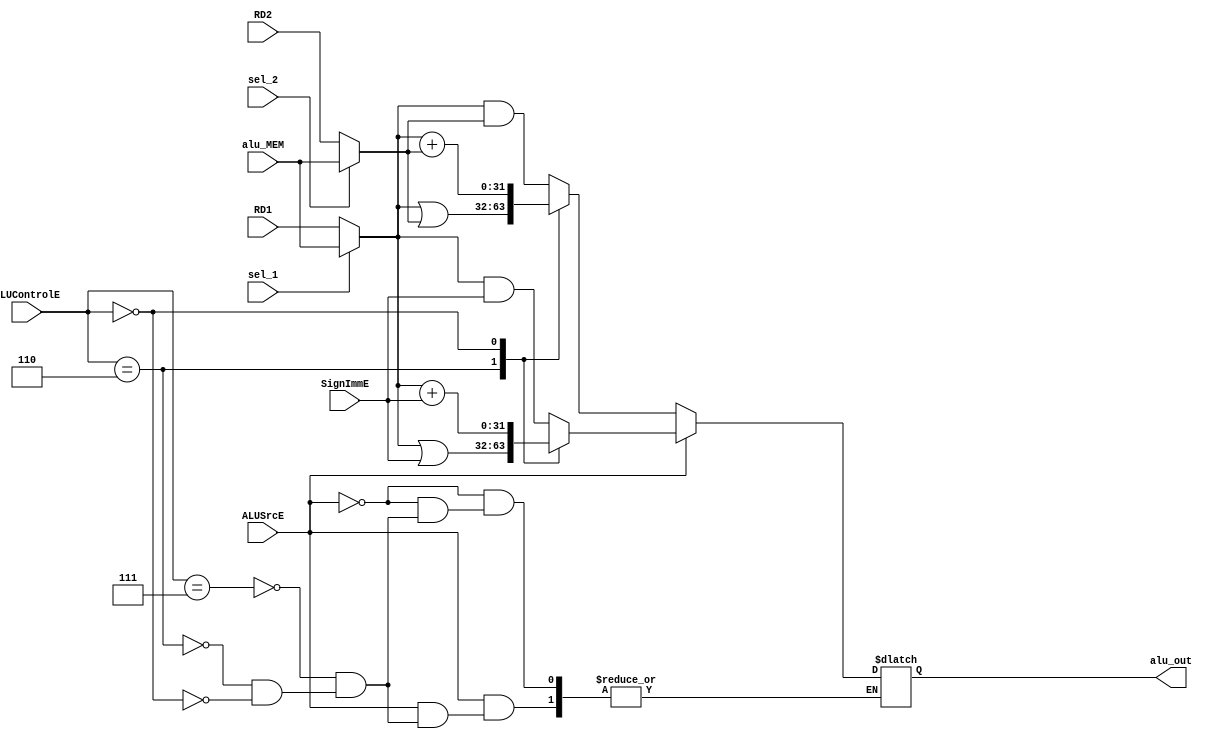
`timescale 1ns / 1ps

module alu(
	input wire [2:0]ALUControlE,
	input wire [0:0]ALUSrcE, sel_1, sel_2,
	input wire [11:0]SignImmE,
	input wire [31:0]RD1, RD2, alu_MEM,
	
	output reg [31:0]alu_out
    );
	
	reg [31:0]R1, R2;
	
	always @(*)begin
		if(sel_1)
			R1=alu_MEM;
		else
			R1=RD1;
		
		if(sel_2)
			R2=alu_MEM;
		else
			R2=RD2;
		
		if(ALUSrcE)
			case(ALUControlE)
				3'b111: alu_out=R1&SignImmE;  //AND
				3'b110: alu_out=R1|SignImmE;  //OR
				3'b000: alu_out=R1+SignImmE;  //add
			endcase
		else
			case(ALUControlE)
				3'b111: alu_out=R1&R2;  //AND
				3'b110: alu_out=R1|R2;  //OR
				3'b000: alu_out=R1+R2;  //add
			endcase
	end

endmodule